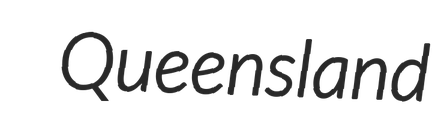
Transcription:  Queensland